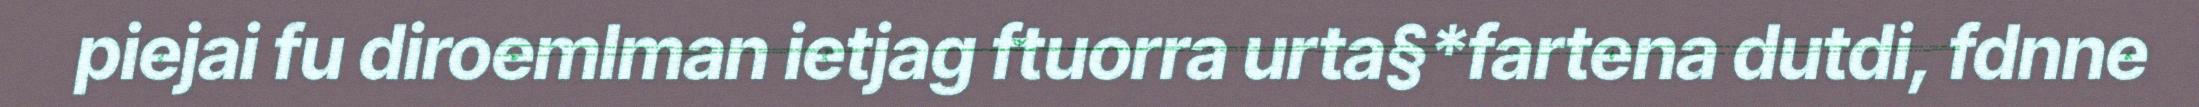
piejai fu diroemlman ietjag ftuorra urta§*fartena dutdi, fdnne